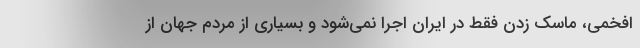
افخمی، ماسک زدن فقط در ایران اجرا نمی‌شود و بسیاری از مردم جهان از